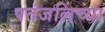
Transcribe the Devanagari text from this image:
पतंजलिंच्या